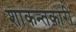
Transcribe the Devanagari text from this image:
शाकन्तकारी